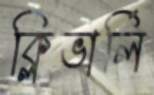
ক্লিভার্লি